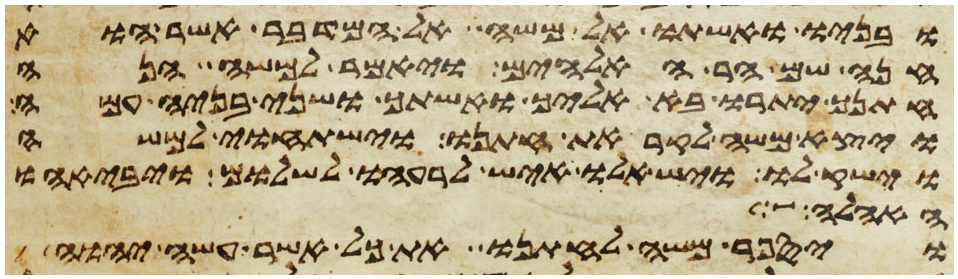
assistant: ובניו ואשתו אל משה אל המדבר אשר הוא
חנה שם הר האלהים ויאמר למשה הנה
חתנך יתרו בא אליך ואשתך ושני בניה עמה
ויצא משה לקראת חתנו וישתחוי למשה
וישק לו וישאלו איש לרעהו לשלום ויבאהו
האהלה אל
ויספר משה לחתנו את כל אשר עשה יהוה